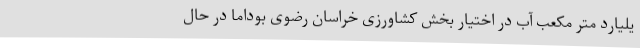
یلیارد متر مکعب آب در اختیار بخش کشاورزی خراسان رضوی بوداما در حال